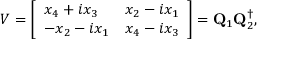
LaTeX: V = \left[ \begin{array} { l l } { { x _ { 4 } + i x _ { 3 } } } & { { x _ { 2 } - i x _ { 1 } } } \\ { { - x _ { 2 } - i x _ { 1 } } } & { { x _ { 4 } - i x _ { 3 } } } \end{array} \right] = { \bf Q } _ { 1 } { \bf Q } _ { 2 } ^ { \dagger } ,